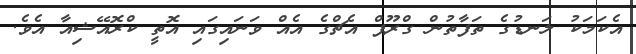
އެކަމަކު ލަނޑުގެ ތަފާތުން ގްރޫޕް އެޗްގެ އެއް ވަނައިގައި އޮތީ ކްރޮއޭޝިއާ އެވެ.